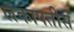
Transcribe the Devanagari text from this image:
लंकापतीस